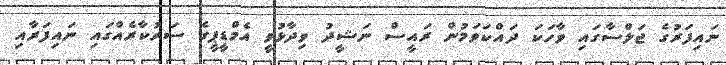
ނައިފަރުގެ ޖަލްސާގައި ވާހަކަ ދައްކަވަމުން ރައީސް ނަޝީދު ވިދާޅުވީ އެމްޑީޕީގެ ސަރުކާރެއްގައި ނައިފަރާއި